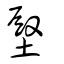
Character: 壂